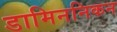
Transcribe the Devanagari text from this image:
डामिननिकन